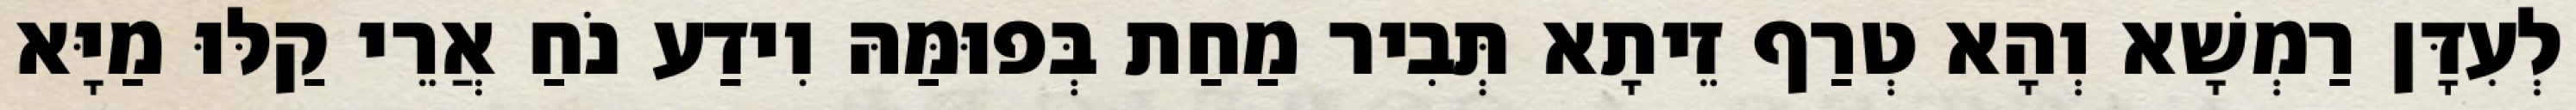
לְעִדָּן רַמְשָׁא וְהָא טְרַף זֵיתָא תְּבִיר מַחַת בְּפוּמַּהּ וִידַע נֹחַ אֲרֵי קַלּוּ מַיָּא